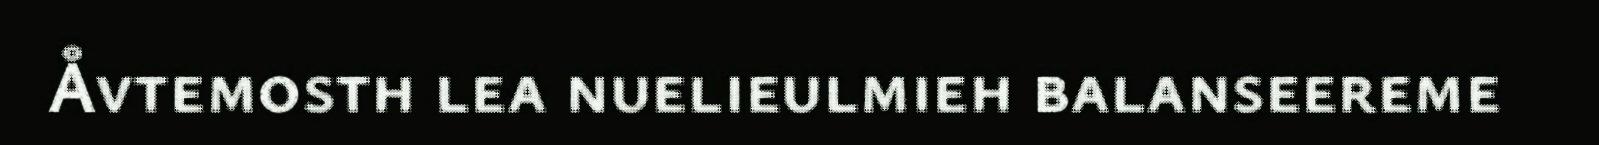
Åvtemosth lea nuelieulmieh balanseereme